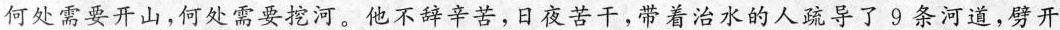
何处需要开山，何处需要挖河。他不辞辛苦，日夜苦干，带着治水的人疏导了9条河道，劈开